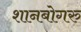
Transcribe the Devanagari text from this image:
शानबोगरु